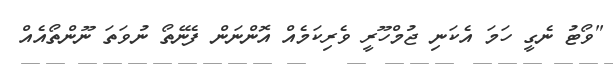
"ވޯޓު ނެގީ ހަމަ އެކަނި ޖުމްހޫރީ ވެރިކަމެއް އޮންނަން ފެނޭތޯ ނުވަތަ ނޫންތޯއެއް